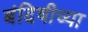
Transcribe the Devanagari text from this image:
बंदिषीच्या